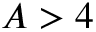
A > 4